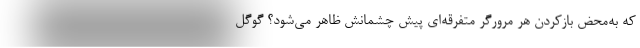
که به‌محض بازکردن هر مرورگرِ متفرقه‌ای پیش چشمانش ظاهر می‌شود؟ گوگل